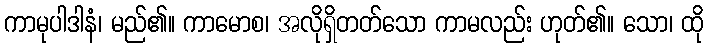
ကာမုပါဒါနံ၊ မည်၏။ ကာမောစ၊ အလိုရှိတတ်သော ကာမလည်း ဟုတ်၏။ သော၊ ထို